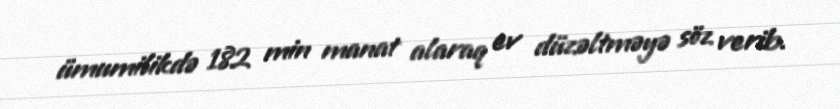
ümumilikdə 182 min manat alaraq ev düzəltməyə söz verib.